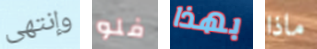
وإنتهى فلو بهذا ماذا